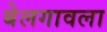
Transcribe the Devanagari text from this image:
बेलगावला